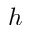
h